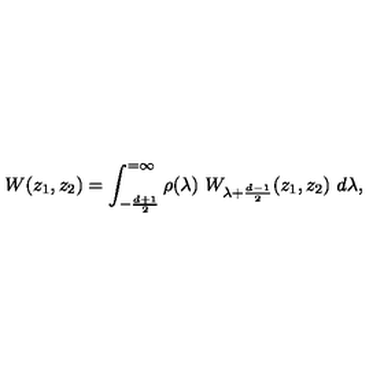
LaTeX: W ( z _ { 1 } , z _ { 2 } ) = \int _ { - { \frac { d + 1 } { 2 } } } ^ { = \infty } \rho ( \lambda ) \ W _ { \lambda + \frac { d - 1 } { 2 } } ( z _ { 1 } , z _ { 2 } ) \ d \lambda ,